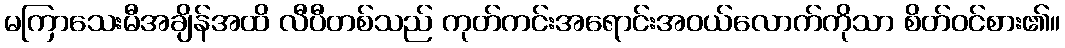
မကြာသေးမီအချိန်အထိ လီပီတစ်သည် ကုတ်ကင်းအရောင်းအဝယ်လောက်ကိုသာ စိတ်ဝင်စား၏။